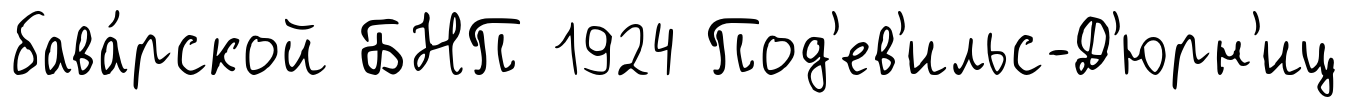
бава́рской БНП 1924 Под'ев'ильс-Д'юрн'иц